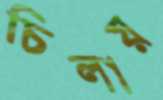
চিলায়